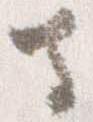
寺